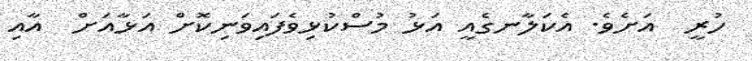
ހުރީ  އަށެވެ. އެކަލާނގެއީ އަޅު މުސްކުޅިވެފައިވަނިކޮށް އަޅާއަށް  އާއި